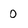
Character: 0